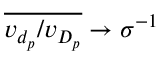
\overline { { v _ { d _ { p } } / v _ { D _ { p } } } } \rightarrow \sigma ^ { - 1 }